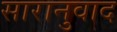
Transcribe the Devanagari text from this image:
सारानुवाद